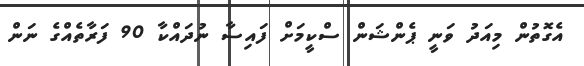
އެގޮތުން މިއަދު ވަނީ ޕެންޝަން ސްކީމަށް ފައިސާ ނުދައްކާ 90 ފަރާތެއްގެ ނަން